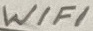
Text: WiFi